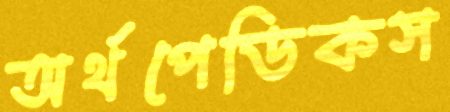
অর্থপেডিকস